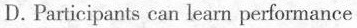
D. Participants can learn performance